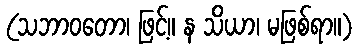
(သဘာဝတော၊ ဖြင့်။ န သိယာ၊ မဖြစ်ရာ။)